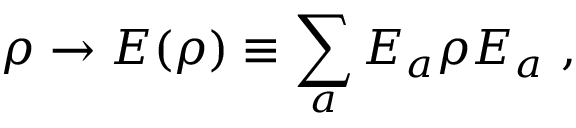
\rho \to { \cal E } ( \rho ) \equiv \sum _ { a } E _ { a } \rho E _ { a } ~ ,